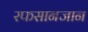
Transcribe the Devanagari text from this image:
रफसानजान